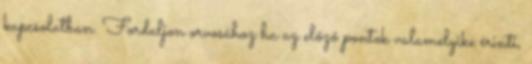
kapcsolatban. Forduljon orvosához ha az előző pontok valamelyike érinti,